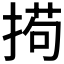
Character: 𫽚